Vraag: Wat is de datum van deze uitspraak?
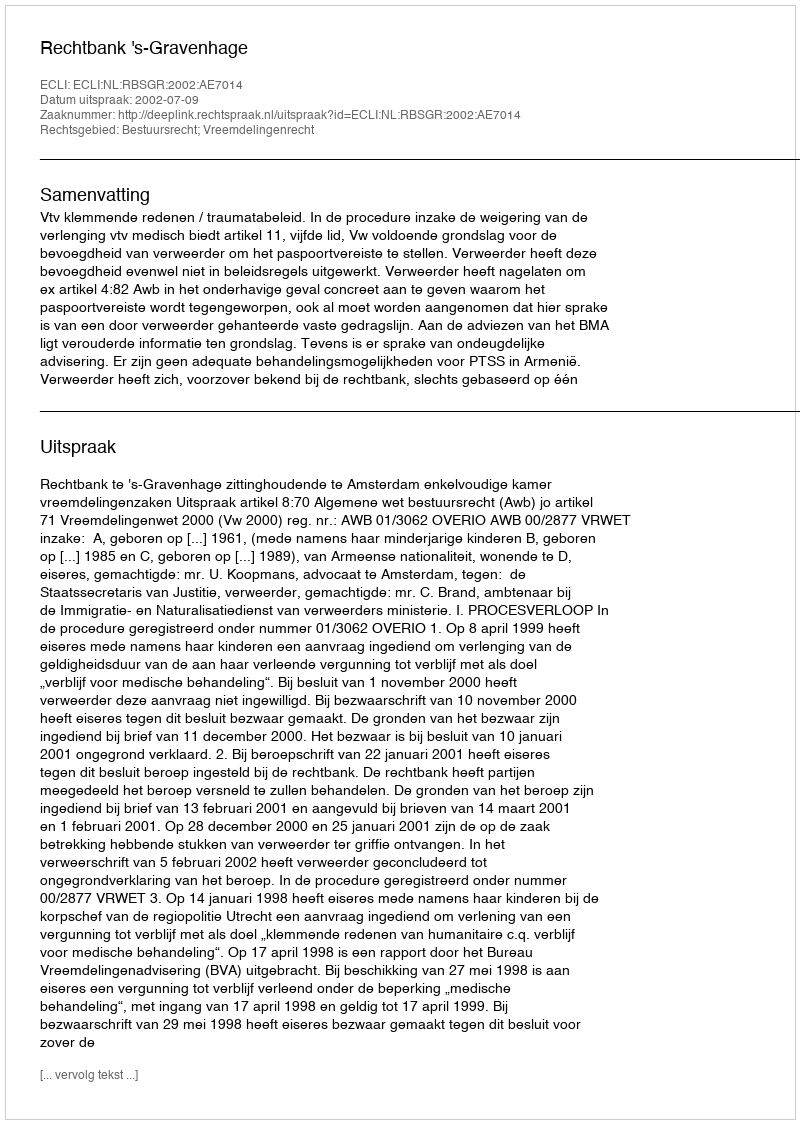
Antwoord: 2002-07-09